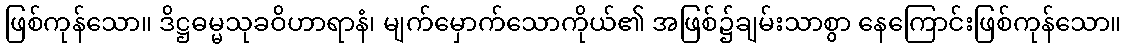
ဖြစ်ကုန်သော။ ဒိဋ္ဌဓမ္မသုခဝိဟာရာနံ၊ မျက်မှောက်သောကိုယ်၏ အဖြစ်၌ချမ်းသာစွာ နေကြောင်းဖြစ်ကုန်သော။